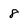
Character: 8